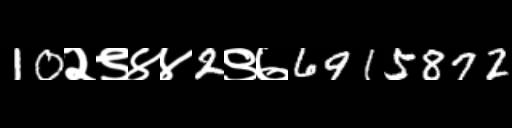
Text: 10२९४४2९७6915872